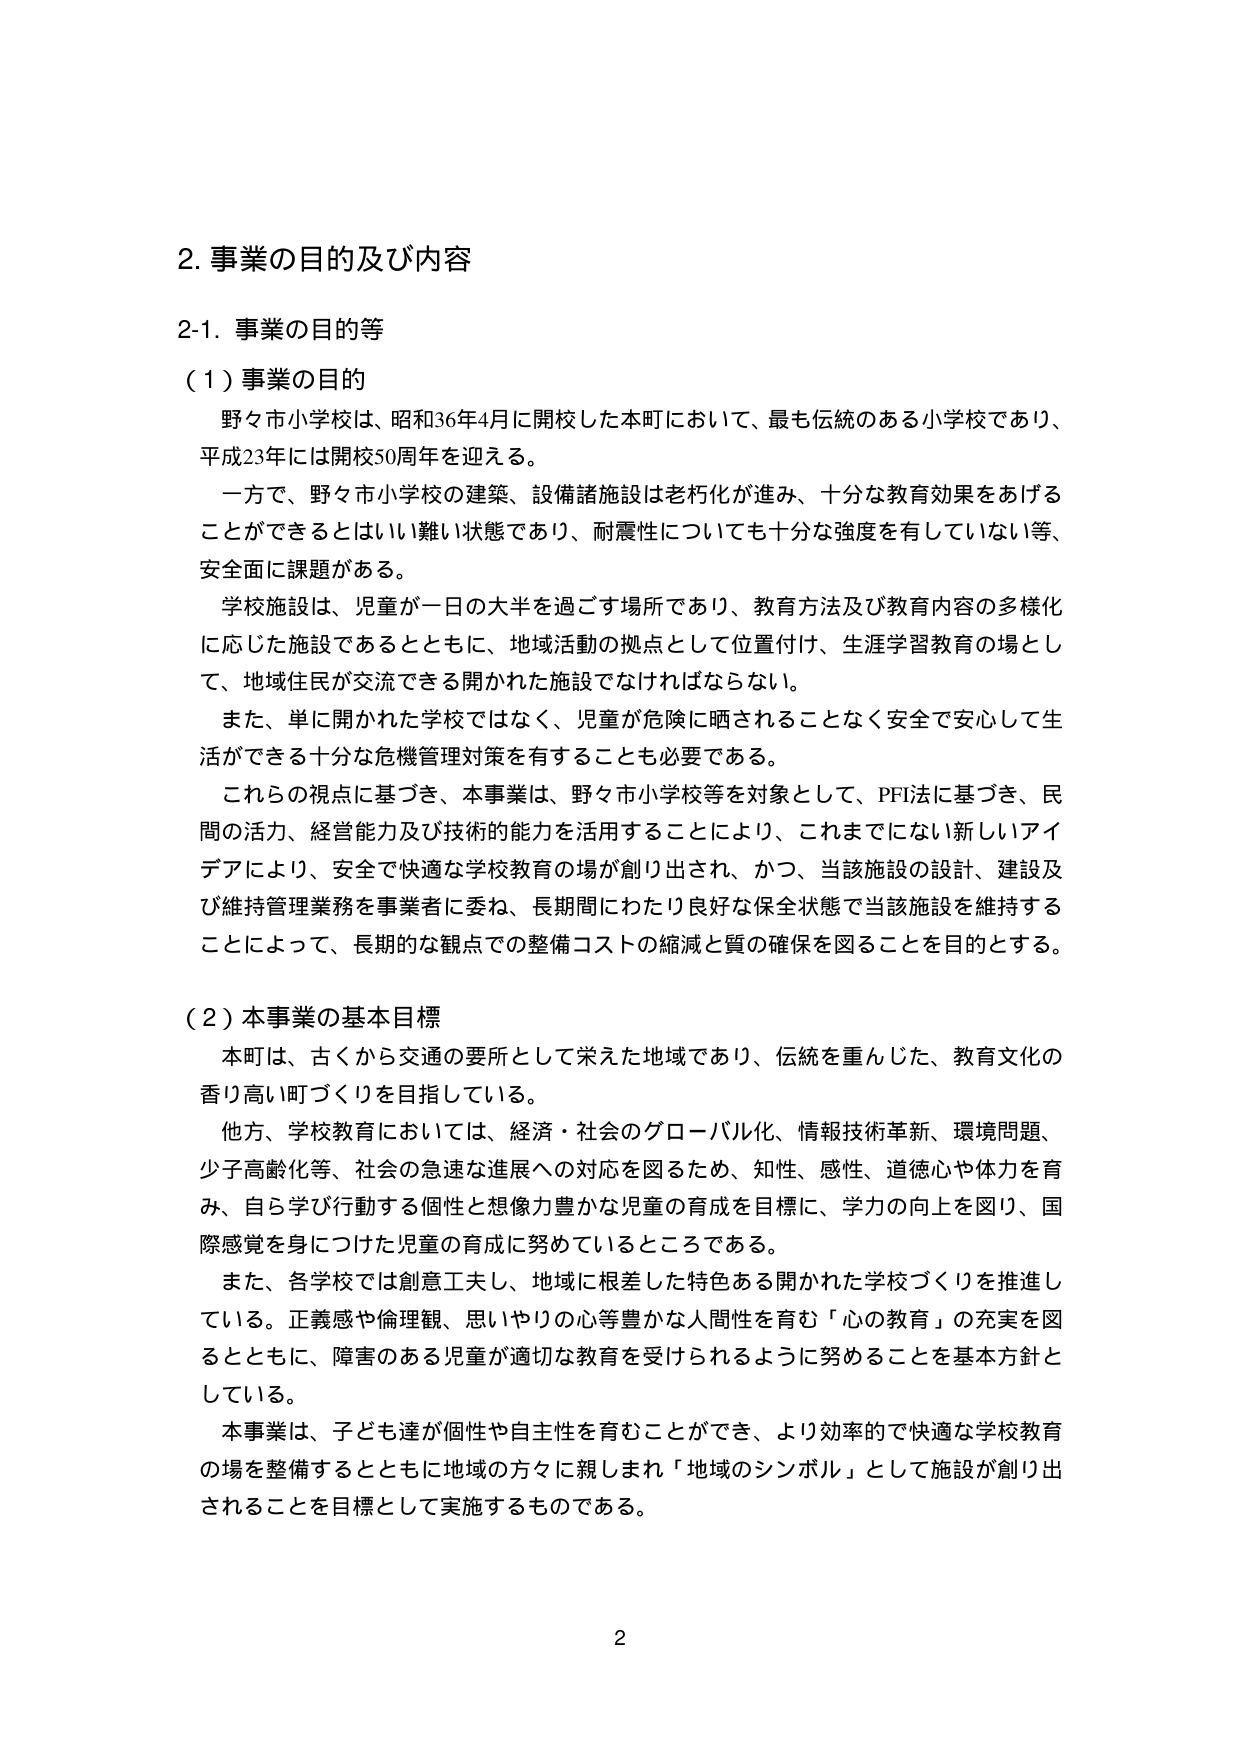
2. 事業の目的及び内容

2-1. 事業の目的等

（1）事業の目的
野々市小学校は、昭和36年4月に開校した本町において、最も伝統のある小学校であり、
平成23年には開校50周年を迎える。
一方で、野々市小学校の建築、設備諸施設は老朽化が進み、十分な教育効果をあげることができるとはいい難い状態であり、耐震性についても十分な強度を有していない等、
安全面に課題がある。
学校施設は、児童が一日の大半を過ごす場所であり、教育方法及び教育内容の多様化に応じた施設であるとともに、地域活動の拠点として位置付け、生涯学習教育の場として、地域住民が交流できる開かれた施設でなければならない。
また、単に開かれた学校ではなく、児童が危険に晒されることなく安全で安心して生活ができる十分な危機管理対策を有することも必要である。
これらの視点に基づき、本事業は、野々市小学校等を対象として、PFI法に基づき、民間の活力、経営能力及び技術的能力を活用することにより、これまでにない新しいアイデアにより、安全で快適な学校教育の場が創り出され、かつ、当該施設の設計、建設及び維持管理業務を事業者に委ね、長期間にわたり良好な保全状態で当該施設を維持することによって、長期的な観点での整備コストの縮減と質の確保を図ることを目的とする。

（2）本事業の基本目標
本町は、古くから交通の要所として栄えた地域であり、伝統を重んじた、教育文化の香り高い町づくりを目指している。
他方、学校教育においては、経済・社会のグローバル化、情報技術革新、環境問題、少子高齢化等、社会の急速な進展への対応を図るため、知性、感性、道徳心や体力を育み、自ら学び行動する個性と想像力豊かな児童の育成を目標に、学力の向上を図り、国際感覚を身につけた児童の育成に努めているところである。
また、各学校では創意工夫し、地域に根差した特色ある開かれた学校づくりを推進している。正義感や倫理観、思いやりの心等豊かな人間性を育む「心の教育」の充実を図るとともに、障害のある児童が適切な教育を受けられるように努めることを基本方針としている。
本事業は、子ども達が個性や自主性を育むことができ、より効率的で快適な学校教育の場を整備するとともに地域の方々に親しまれ「地域のシンボル」として施設が創り出されることを目標として実施するものである。

2